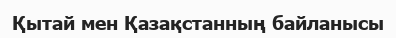
Қытай мен Қазақстанның байланысы